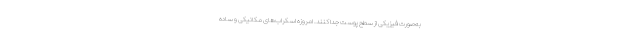
به‌صورت فیزیکی از سطح پوست جدا کنند. امروزه اسکراب‌های مکانیکی و ساده